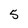
Character: 5